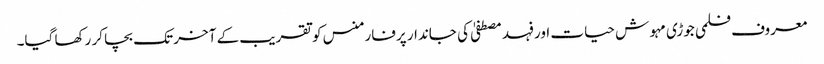
معروف فلمی جوڑی مہوش حیات اور فہد مصطفیٰ کی جاندار پرفارمنس کو تقریب کے آخر تک بچا کر رکھا گیا۔